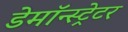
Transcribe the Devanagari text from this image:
डेमॉन्स्ट्रेटर